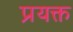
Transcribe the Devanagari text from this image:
प्रयक्त